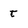
Character: t